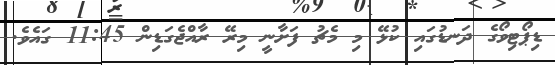
ޑިޕޯޓިވޯގެ ދަނޑުގައި ކުޅޭ މި މެޗު ފަށާނީ މިރޭ ރާއްޖެގަޑިން 11:45 ގައެވެ.